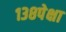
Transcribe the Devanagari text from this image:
१३८पेक्षा